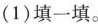
(1)填一填。